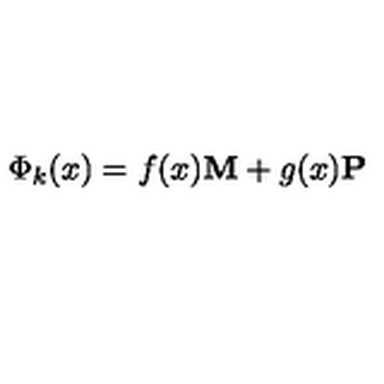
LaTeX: \Phi _ { k } ( x ) = f ( x ) { \bf M } + g ( x ) { \bf P }